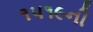
૧૫૧૯ની